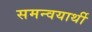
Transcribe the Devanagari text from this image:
समन्वयार्थी